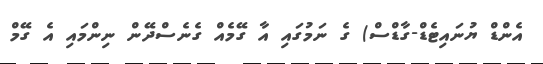
އެންޑް ޔުނައިޓެޑް-ގާޑްސް) ގެ ނަމުގައި އާ ގޭމެއް ގެނެސްދޭން ނިންމައި އެ ގޭމް